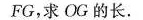
FG，求OG的长.